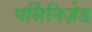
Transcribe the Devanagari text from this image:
पर्सिनिज़ेड